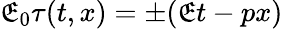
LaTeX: \mathfrak{E}_{0}\tau(t,x)=\pm(\mathfrak{E}t-px)